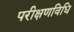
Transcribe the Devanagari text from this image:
परीक्षणविधि